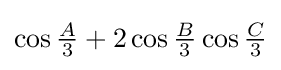
\cos {\tfrac {A}{3}}+2\cos {\tfrac {B}{3}}\cos {\tfrac {C}{3}}